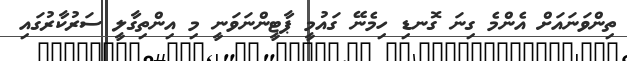
ތިންވަނައަށް އެންމެ ގިނަ ގޮނޑި ހިމެނޭ ގައުމީ ޕާޓީންނަވަނީ މި އިންތިގާލީ ސަރުކާރުގައި